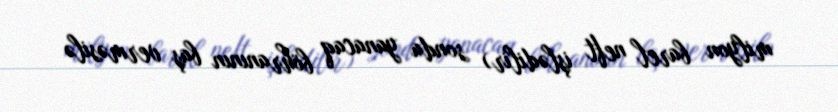
milyon barel neft işlədilir) sonda yanacaq böhranının baş verməsilə